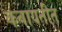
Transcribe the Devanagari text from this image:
कवायतीत